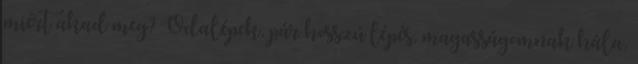
miért akad meg? Odalépek, pár hosszú lépés, magasságomnak hála,